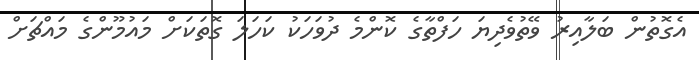
އެގޮތުން ބަލާއިރު ވޭތުވެދިޔަ ހަފްތާގެ ކޮންމެ ދުވަހަކު ކަހަލަ ގޮތަކަށް މައުމޫންގެ މައްޗަށް